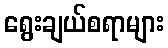
ရွေးချယ်စရာများ